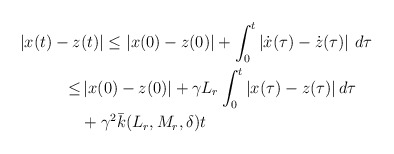
\begin{align*}\begin{aligned}|x(t)-z&(t)| \le |x(0)-z(0)|+\int_0^t \left| \dot{x}(\tau)-\dot{z}(\tau) \right| \,d\tau\\\le &\, |x(0)-z(0)|+ \gamma L_r \int_0^t |x(\tau)-z(\tau)| \,d\tau\\&+ \gamma^2 \bar k(L_r,M_r, \delta) t\end{aligned}\end{align*}